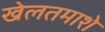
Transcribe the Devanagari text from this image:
खेलतमाशे